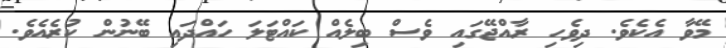
މޭވާ އެކެވެ. ދިވެހި ރާއްޖޭގައި ވެސް ބިލެއް ކައްޓަލަ ހައްދައި ބޭނުން ކުރެއެވެ.